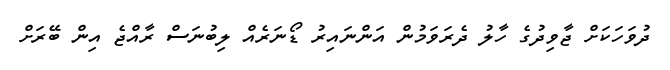
ދުވަހަކަށް ޖާވިދުގެ ހާލު ދެރަވަމުން އަންނައިރު ޑޯނަރެއް ލިބުނަސް ރާއްޖެ އިން ބޭރަށް